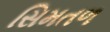
સિમતળ